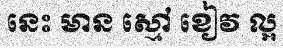
នេះ មាន ស្មៅ ខៀវ ល្អ